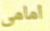
امامى